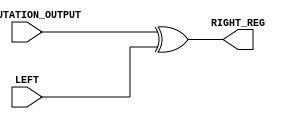

`timescale 1ns / 1ps
//////////////////////////////////////////////////////////////////////////////////
// Company:        RAJESH GLOBAL SOLUTION(RGS
// 
// Design Name:    DES
// Module Name:    Xor_Permutation 
// Project Name:   DATA ENCRYPTION STANDARD(DES)
// Target Devices: SPARTAN-3(XC3S400)
// Tool versions:  XILINX 9.1I
// Description:    THIS BLOCK PERFORMS XOR OPERATION.IT TAKES ONE 32 BIT INPUT FROM Permutation
//                 BLOCK AND SECOND 32 BIT INPUT FROM Reg32 BLOCK.AND IT GENERATES 32 BIT OUTPUT.
//
// Dependencies:   Permutation and Reg32
//
// Revision: 
// Revision 0.01 - File Created
// Additional Comments: 
//
//////////////////////////////////////////////////////////////////////////////////
module Xor_Permutation(PERMUTATION_OUTPUT, LEFT, RIGHT_REG);

  input  [32 : 1]PERMUTATION_OUTPUT;
  
  input  [32 : 1]LEFT;
  
 // input  [32 : 1]RIGHT_REG1;
  
 // output [32 : 1]LEFT_REG2;
  
  output [32 : 1]RIGHT_REG;
  
  wire   [32 : 1]PERMUTATION_OUTPUT;
  
  wire   [32 : 1]LEFT;
  
 // wire   [32 : 1]RIGHT_REG1;
  
 // reg    [32 : 1]LEFT_REG2;
  
  reg    [32 : 1]RIGHT_REG;
  
  always @(PERMUTATION_OUTPUT or LEFT or RIGHT_REG)
  
     begin
	  
//	     LEFT_REG2  <= RIGHT_REG1;
	  
	     RIGHT_REG <= PERMUTATION_OUTPUT ^ LEFT;
		  
     end

endmodule